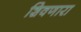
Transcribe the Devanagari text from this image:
शिवणारा